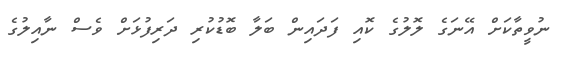
ނުވީތާކަށް އޭނަގެ ލޮލުގެ ކޮއި ފަދައިން ބަލާ ބޮޑުކުރި ދަރިފުޅަށް ވެސް ނާއިލުގެ